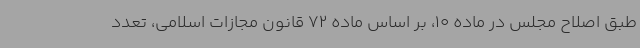
طبق اصلاح مجلس در ماده 10، بر اساس ماده 72 قانون مجازات اسلامی، تعدد